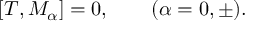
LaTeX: [ T , M _ { \alpha } ] = 0 , \qquad ( \alpha = 0 , \pm ) .